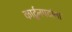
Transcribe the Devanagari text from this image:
कार्टूनपटांना